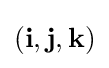
(\mathbf {i} ,\mathbf {j} ,\mathbf {k} )